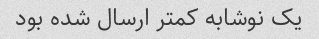
یک نوشابه کمتر ارسال شده بود